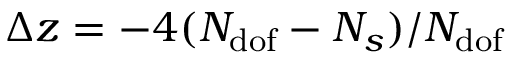
\Delta z = - 4 ( N _ { \mathrm { d o f } } - N _ { s } ) / N _ { \mathrm { d o f } }